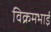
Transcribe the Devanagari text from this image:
विक्रमभाई